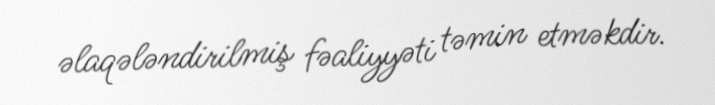
əlaqələndirilmiş fəaliyyəti təmin etməkdir.